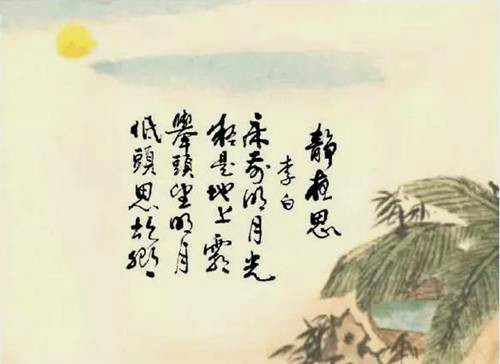
谢公最小偏怜女，自嫁黔娄百事乖。